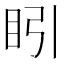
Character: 䀕